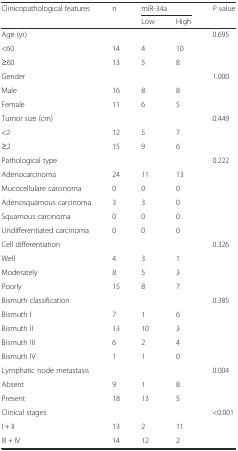
| <ROWSPAN=2> Clinicopathological features | <ROWSPAN=2> n | <COLSPAN=2> miR-34a | <ROWSPAN=2> P value |
 | Low | High |
 | --- | --- | --- | --- | --- |
 | Age (yr) |  |  |  | 0.695 |
 | <60 | 14 | 4 | 10 |  |
 | ≥60 | 13 | 5 | 8 |  |
 | Gender |  |  |  | 1.000 |
 | Male | 16 | 8 | 8 |  |
 | Female | 11 | 6 | 5 |  |
 | Tumor size (cm) |  |  |  | 0.449 |
 | <2 | 12 | 5 | 7 |  |
 | ≥2 | 15 | 9 | 6 |  |
 | Pathological type |  |  |  | 0.222 |
 | Adenocarcinoma | 24 | 11 | 13 |  |
 | Mucocellulare carcinoma | 0 | 0 | 0 |  |
 | Adenosquamous carcinoma | 3 | 3 | 0 |  |
 | Squamous carcinoma | 0 | 0 | 0 |  |
 | Undifferentiated carcinoma | 0 | 0 | 0 |  |
 | Cell differentiation |  |  |  | 0.326 |
 | Well | 4 | 3 | 1 |  |
 | Moderately | 8 | 5 | 3 |  |
 | Poorly | 15 | 8 | 7 |  |
 | Bismuth classification |  |  |  | 0.385 |
 | Bismuth I | 7 | 1 | 6 |  |
 | Bismuth II | 13 | 10 | 3 |  |
 | Bismuth III | 6 | 2 | 4 |  |
 | Bismuth IV | 1 | 1 | 0 |  |
 | Lymphatic node metastasis |  |  |  | 0.004 |
 | Absent | 9 | 1 | 8 |  |
 | Present | 18 | 13 | 5 |  |
 | Clinical stages |  |  |  | <0.001 |
 | I + II | 13 | 2 | 11 |  |
 | III + IV | 14 | 12 | 2 |  |